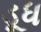
ડૂધ